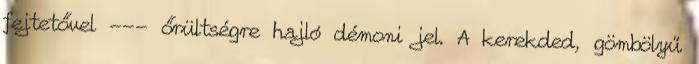
fejtetővel --- őrültségre hajló démoni jel. A kerekded, gömbölyű